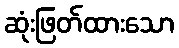
ဆုံးဖြတ်ထားသော